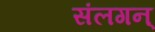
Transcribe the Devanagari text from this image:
संलगन्